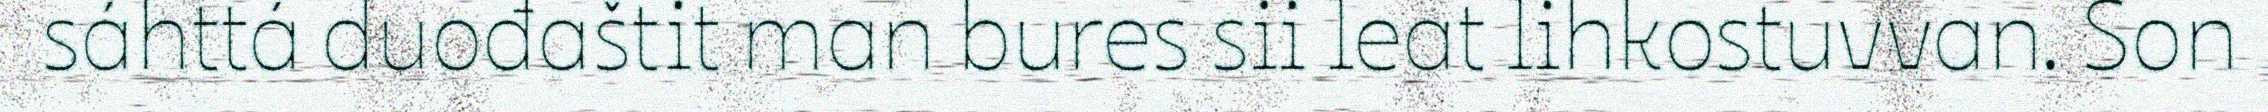
sáhttá duođaštit man bures sii leat lihkostuvvan. Son